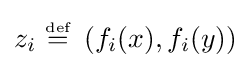
z_{i}~{\stackrel {\scriptscriptstyle {\text{def}}}{=}}~\left(f_{i}(x),f_{i}(y)\right)